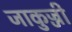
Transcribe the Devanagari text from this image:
जाकुज्जी